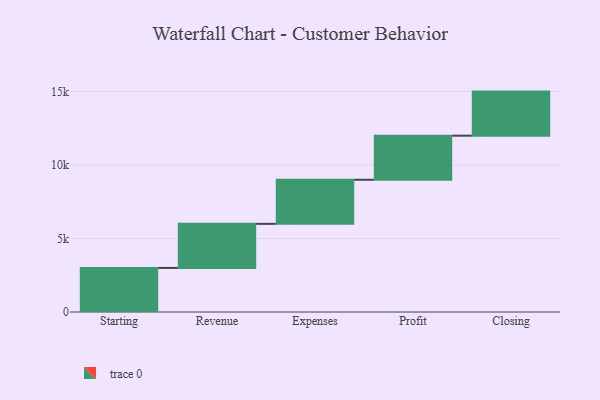
{"axis": {"x": "Step", "y": "Value"}, "legend": [""], "data": [{"x": "Starting", "y": 2999.0, "type": ""}, {"x": "Revenue", "y": 3000, "type": ""}, {"x": "Expenses", "y": 3000, "type": ""}, {"x": "Profit", "y": 3000, "type": ""}, {"x": "Closing", "y": 3000, "type": ""}]}